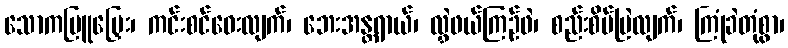
သောကမြူမြှေး၊ ကင်းစင်ဝေးလျက်၊ ဘေးအန္တရာယ်၊ လွှဲဖယ်ကြဉ်ဖဲ၊ စည်းစိမ်မြဲလျက်၊ ကြုံခဲတုံစွာ၊